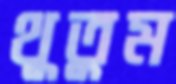
থুতুম